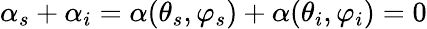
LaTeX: \alpha_{s}+\alpha_{i}=\alpha(\theta_{s},\varphi_{s})+\alpha(\theta_{i},\varphi_{i})=0